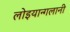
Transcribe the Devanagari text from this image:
लोइयान्गलानी